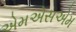
એમએસએમ